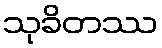
သုခိတဿ